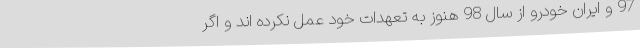
97 و ایران خودرو از سال 98 هنوز به تعهدات خود عمل نکرده اند و اگر